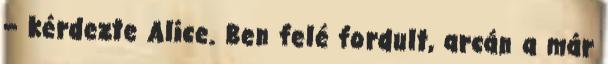
– kérdezte Alice. Ben felé fordult, arcán a már